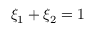
\xi _ { 1 } + \xi _ { 2 } = 1